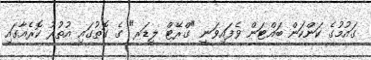
ގައުމުގެ ކަންކަން ބައްޓަން ވެފައިވަނީ "ގްރޭޓް ލީޑަރ" ގެ ގޮތުގައި އުތުރު ކޮރެއާގައި